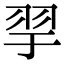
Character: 𦏴